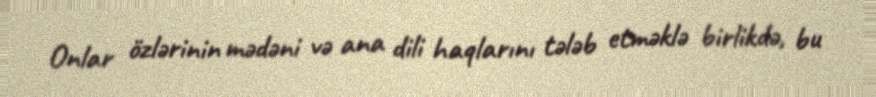
Onlar özlərinin mədəni və ana dili haqlarını tələb etməklə birlikdə, bu